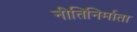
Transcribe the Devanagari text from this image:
नीतिनिर्माता